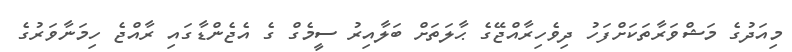
މިއަދުގެ މަޝްވަރާތަކަށްފަހު ދިވެހިރާއްޖޭގެ ޙާލަތަށް ބަލާއިރު ސީމެގް ގެ އެޖެންޑާގައި ރާއްޖެ ހިމަނާވަރުގެ